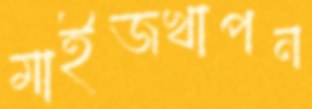
মাইজখাপন